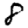
Digit: 8